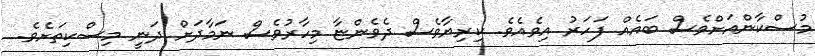
މުސްކާންއަށްވެސް ބައެއް ފަހަރު އިވެއެވެ. ކިރިޔާވެސް ދެވެންޏާ މިހާރުވެސް ނަމާދަށް ދަނީ މިސްކިތަށެވެ.